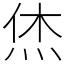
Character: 烋